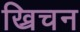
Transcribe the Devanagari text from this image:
ख्रिचन